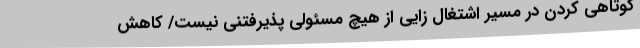
کوتاهی کردن در مسیر اشتغال زایی از هیچ مسئولی پذیرفتنی نیست/ کاهش